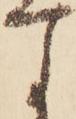
す